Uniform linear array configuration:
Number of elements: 12
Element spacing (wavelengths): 1
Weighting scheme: binomial
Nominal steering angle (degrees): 45
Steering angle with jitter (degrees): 43.557
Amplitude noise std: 0.05
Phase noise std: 0.05

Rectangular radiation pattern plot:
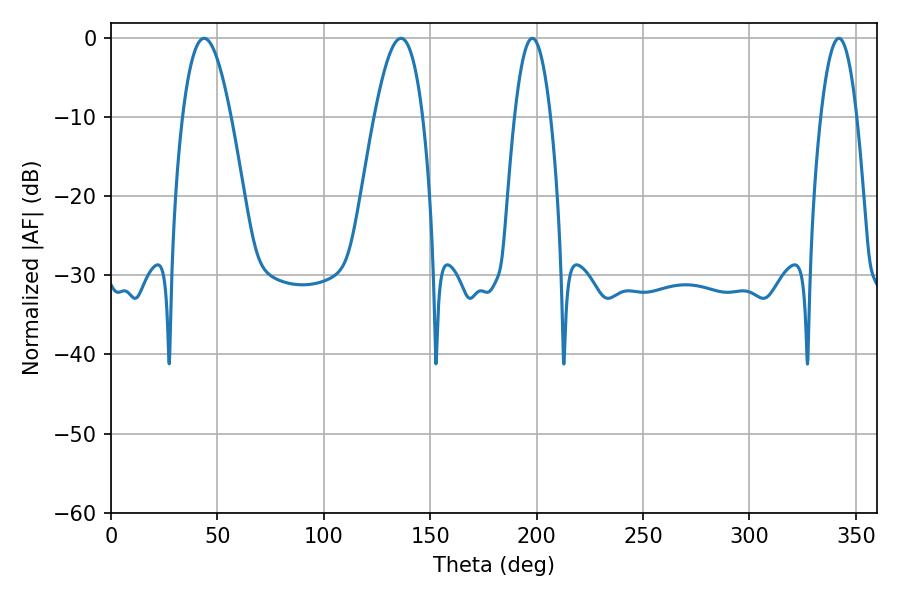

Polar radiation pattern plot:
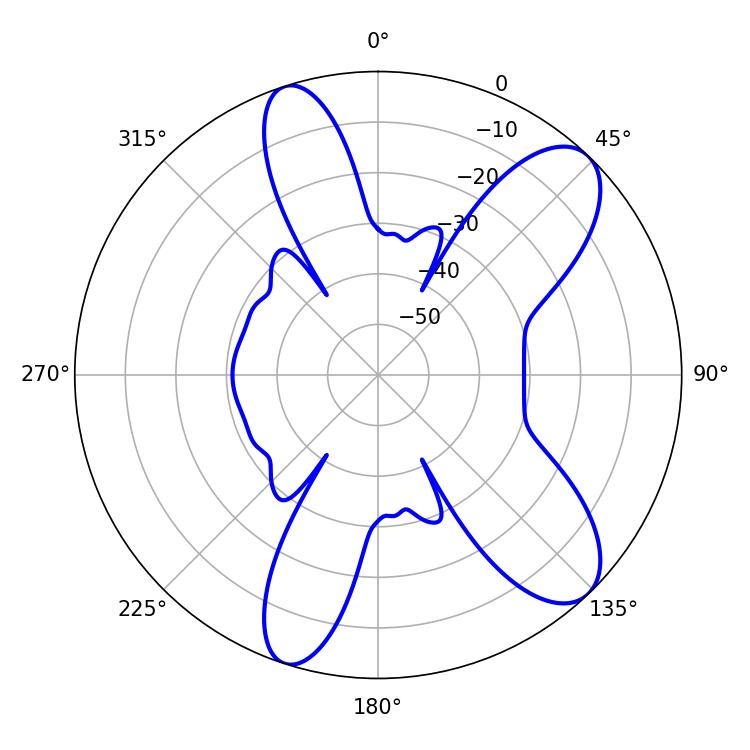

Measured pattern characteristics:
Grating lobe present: TRUE
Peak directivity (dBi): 9.617
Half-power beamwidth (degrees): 12.24
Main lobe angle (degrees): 43.74